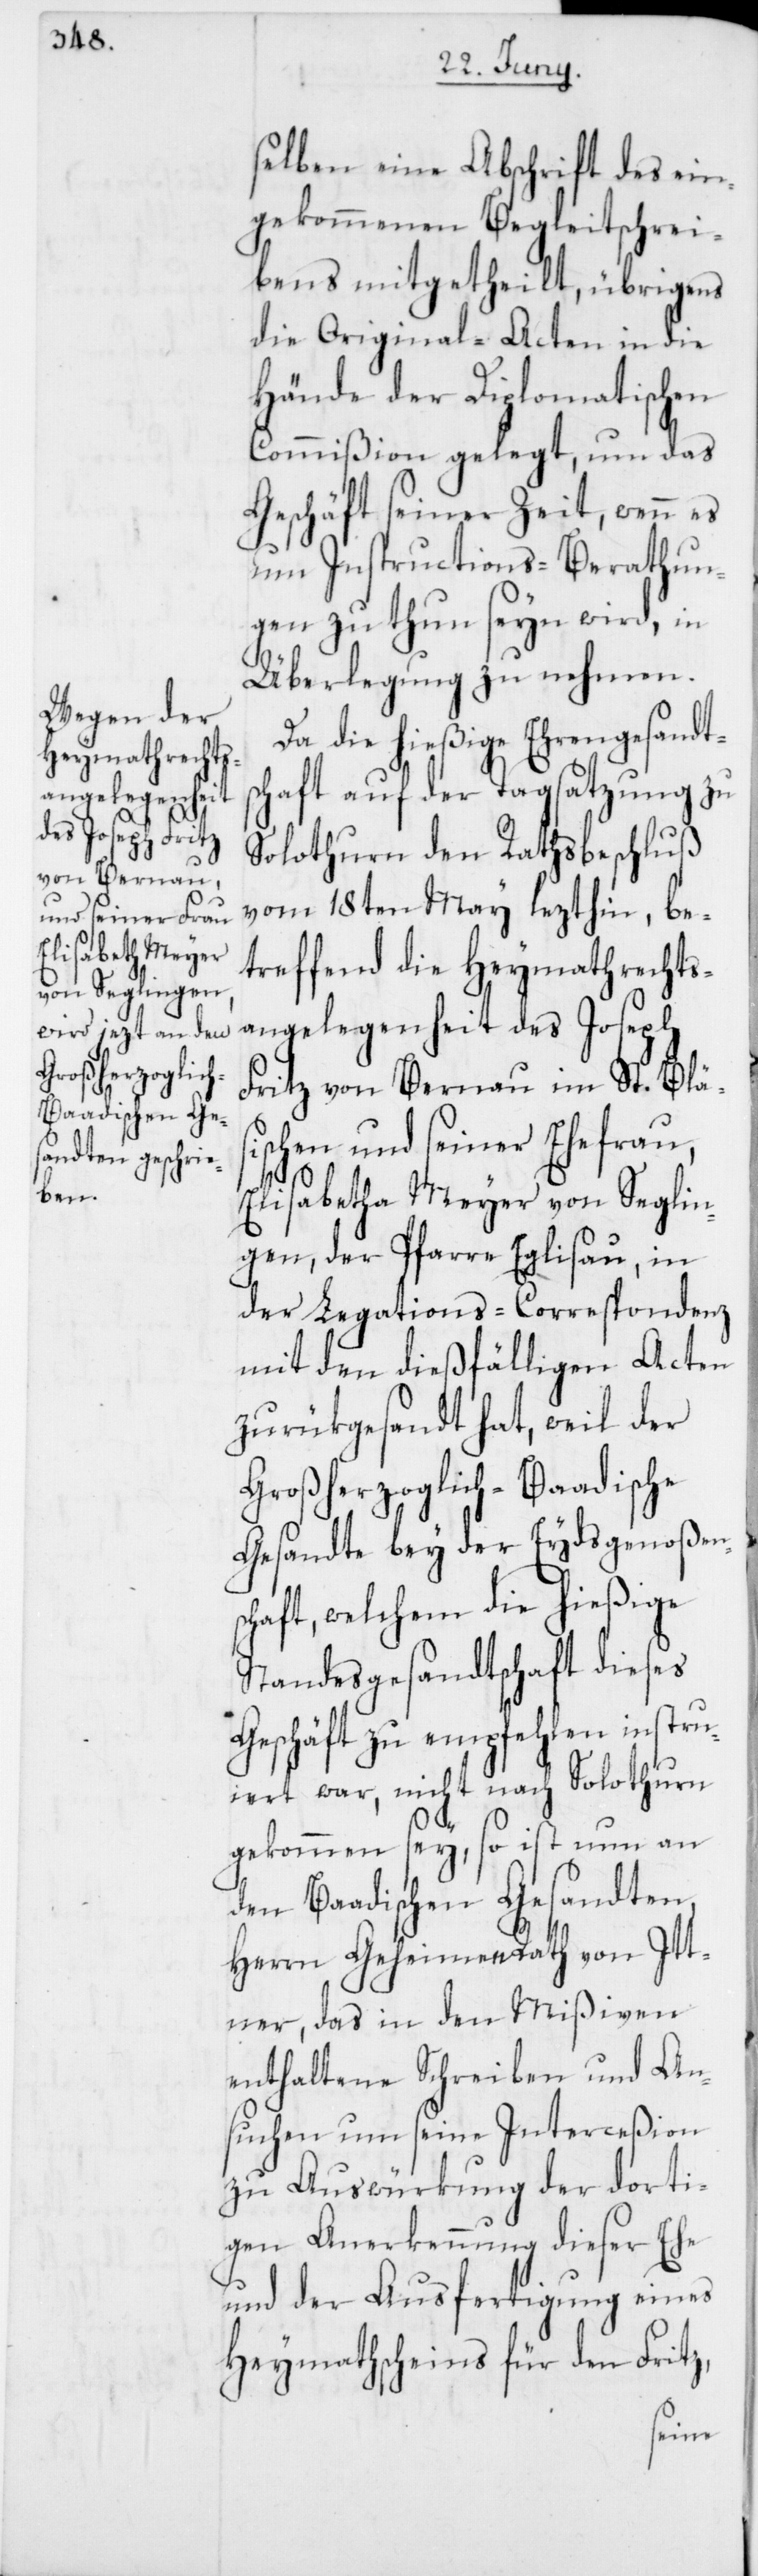
Elisabetha
von Seglin¬

selben eine Abschrift des ein¬
gekommenen Begleitschrei¬
bens mitgetheilt, übrigens
die Original-Acten in die
Hände der Diplomatischen
Commißion gelegt, um das
Geschäft seiner Zeit, wenn es
um Instructions-Berathun¬
gen zu thun seyn wird, in
Überlegung zu nehmen.
Da die hießige Ehrengesandts¬
chaft auf der Tagsatzung zu
Solothurn den Rathsbeschluß
vom 18ten May lezthin, be¬
treffend die Heymathrechts¬
angelegenheit des Joseph
Fritz von Bernau im St. Bläs¬
ischen, und seiner Ehefrau,
gen, der Pfarre Eglisau, in
der Legations-Correspondenz
mit den dießfälligen Acten
zurükgesandt hat, weil der
Großherzoglich-Baadische
Gesandte bey der Eydsgenoßen¬
schaft, welchem die hießige
Standesgesandtschaft dieses
Geschäft zu empfehlen instru¬
iert war, nicht nach Solothurn
gekommen sey, so ist nun an
den Baadischen Gesandten,
Herrn Geheimen Rath von Itt¬
ner, das in den Mißiven
enthaltene Schreiben und An¬
suchen um seine Interceßion
zu Auswürkung der dorti¬
gen Anerkennung dieser Ehe
und der Ausfertigung eines
Heymathscheins für den Fritz,